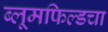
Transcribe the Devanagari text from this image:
ब्लूमफिल्डचा